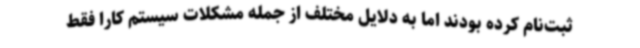
ثبت‌نام کرده بودند اما به دلایل مختلف از جمله مشکلات سیستم کارا فقط